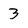
Character: 3